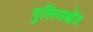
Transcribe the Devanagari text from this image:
पुलिसक्षेत्र